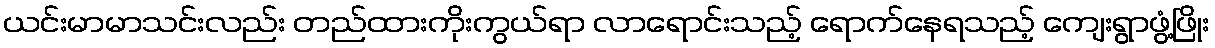
ယင်းမာမာသင်းလည်း တည်ထားကိုးကွယ်ရာ လာရောင်းသည့် ရောက်နေရသည့် ကျေးရွာဖွံ့ဖြိုး